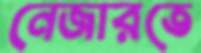
নেজারতে